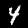
Label: 4